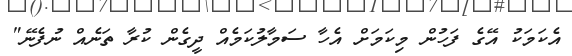
އެކަމަކު އޭގެ ފަހުން މިކަމަށް އެހާ ސަމާލުކަމެއް ދީގެން ކުރާ ތަނެއް ނުފެނޭ"